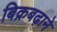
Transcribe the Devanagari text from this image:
बिक्रबढ़ाने